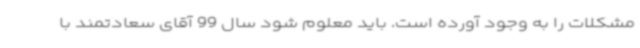
مشکلات را به وجود آورده است. باید معلوم شود سال 99 آقای سعادتمند با